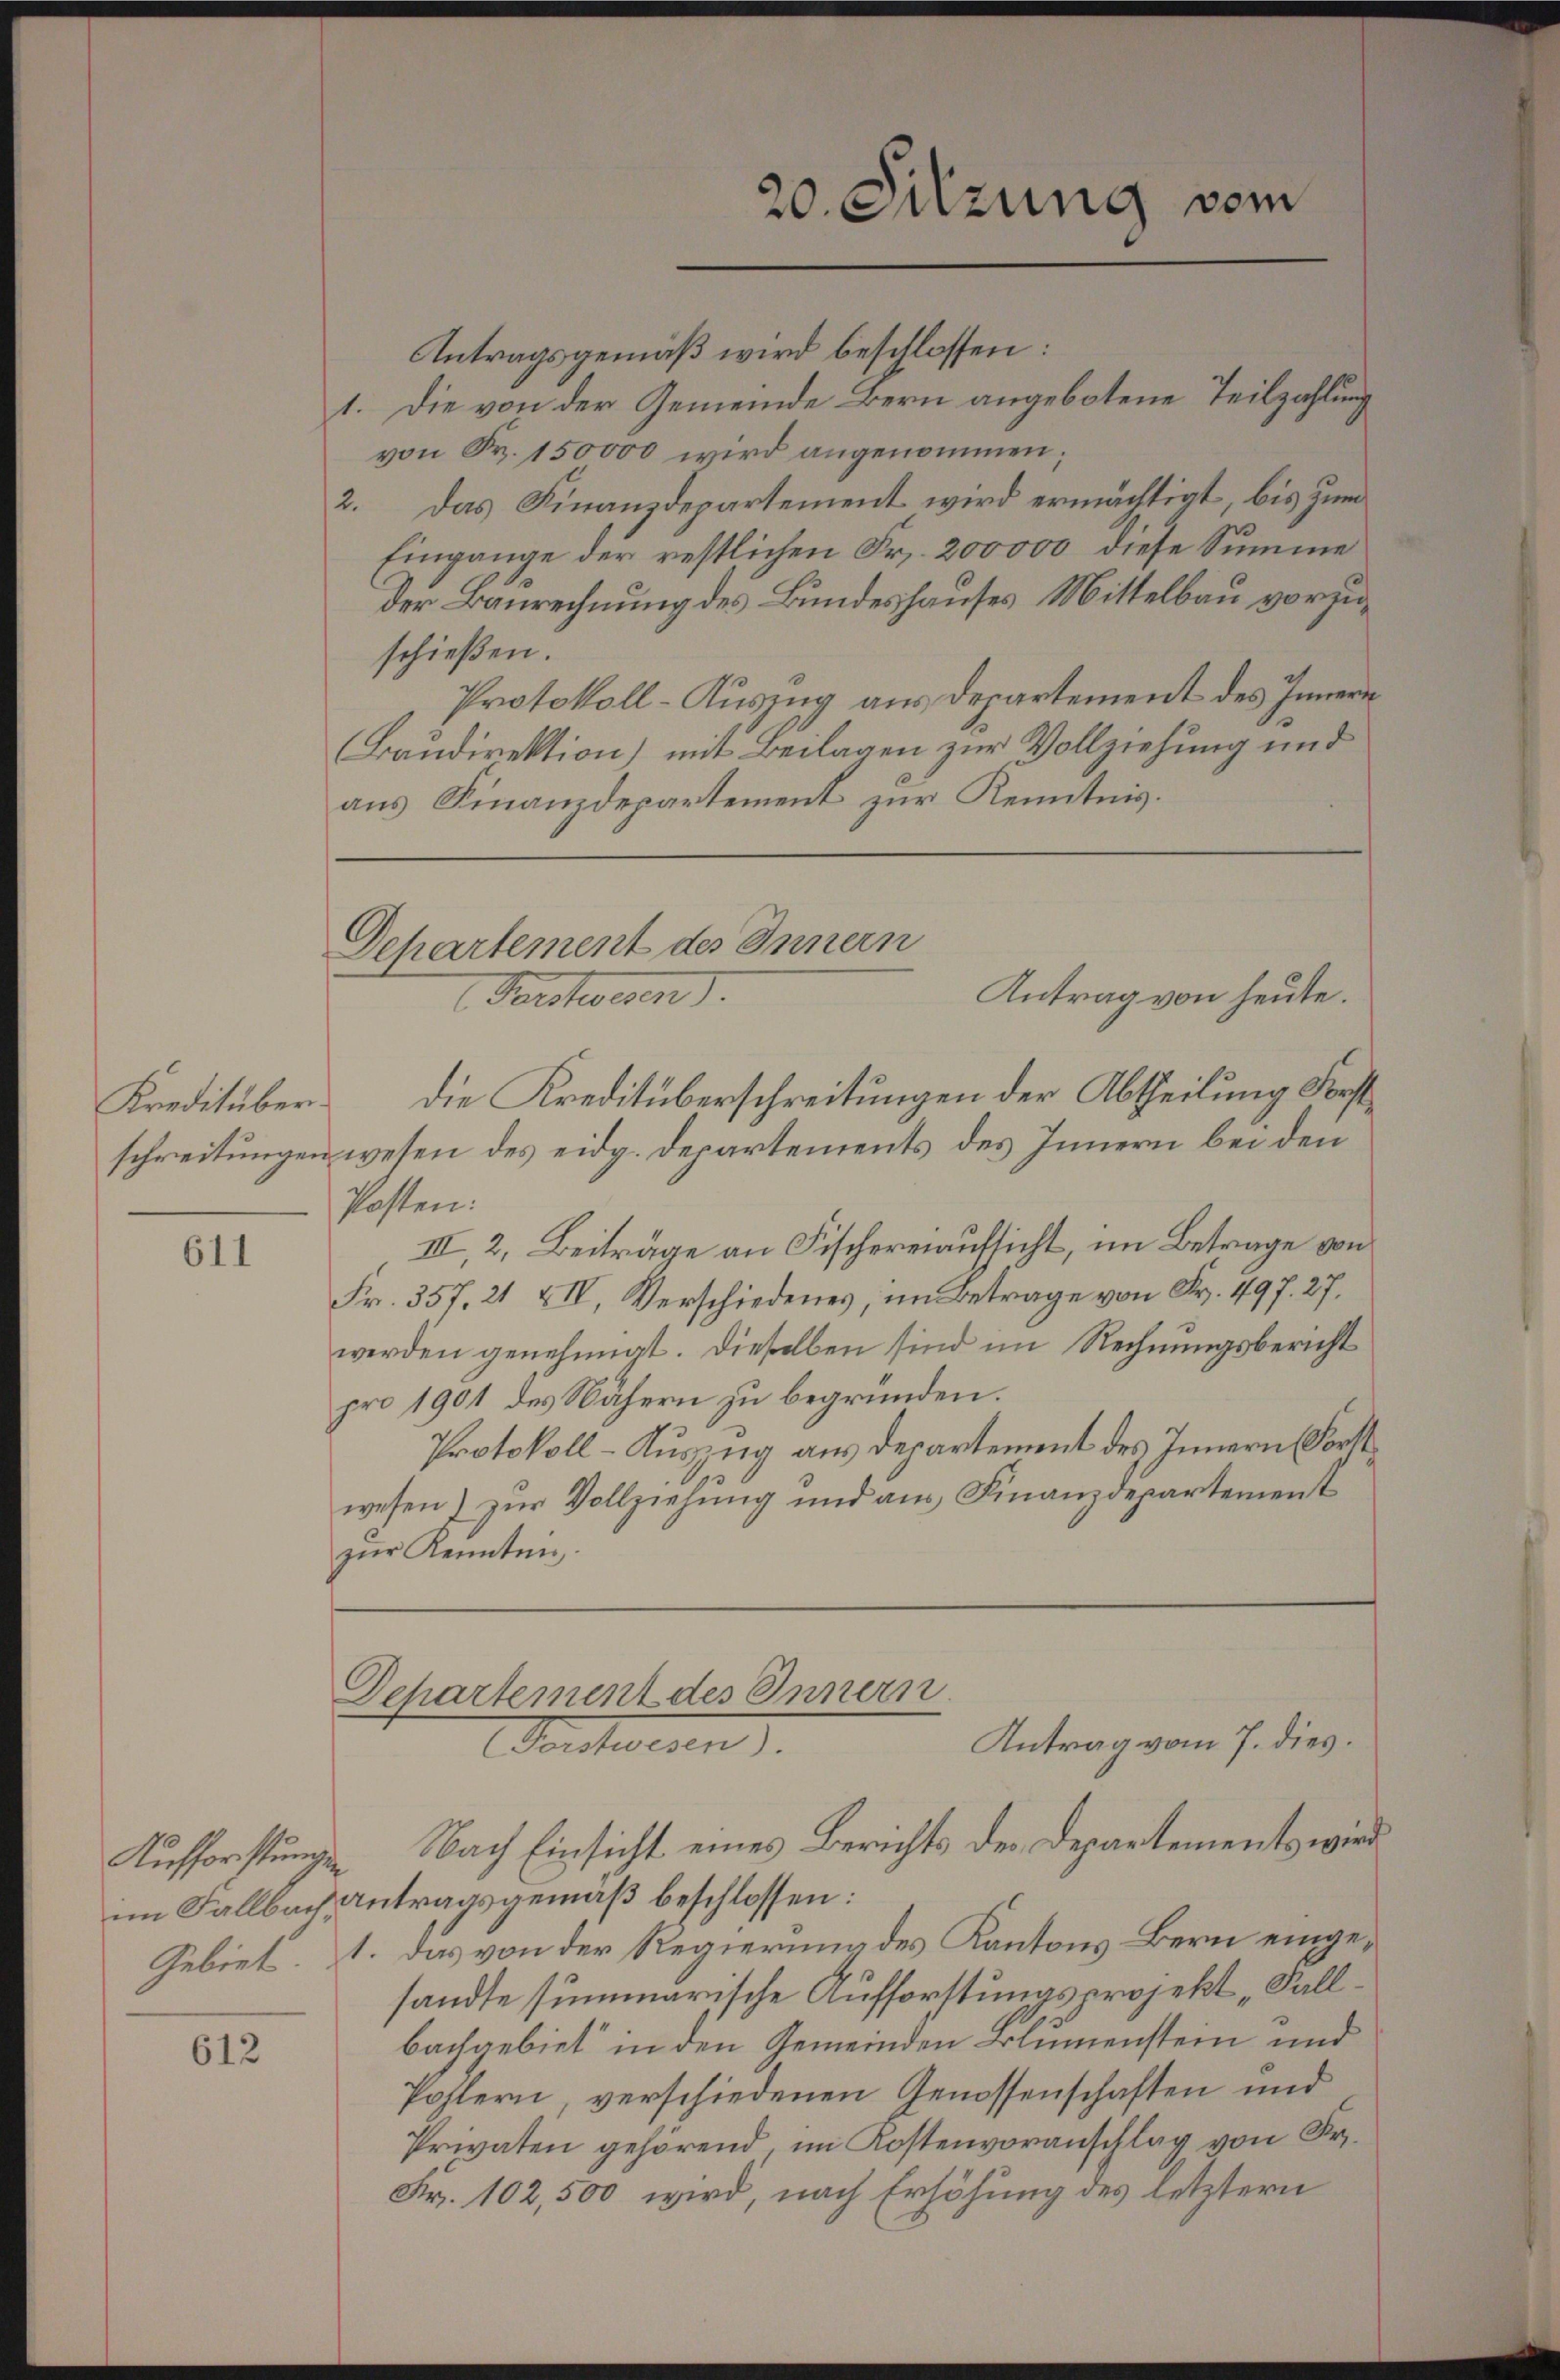
Kreditüber¬

611

Aufforstungen

612

Antragsgemäß wird beschlossen:
1. Die von der Gemeinde Bern angebotene Teilzahlung
von Fr. 150000 wird angenommen;
2. Das Finanzdepartement wird ermächtigt, bis zum
Eingange der restlichen Fr. 200000 diese Summe
Der Baurechnung des Bundeshauses Mittelbau vorzuschießen.
Protokoll-Auszug aus Departement des Innern
Baudirektion) mit Beilagen zur Vollziehung und
aus Finanzdepartement zur Kenntnis.

Departement des Innern
Antrag von heute.
Forstwesen.

20. Sitzung vom

Departement des Innern.
Antrag vom 7. dies
orchwesen.
Nach Einsicht eines Berichts der Departements wird

die Kreditüberschreitungen der Abtheilung Forstschreitungen wesen des eidg. Departements des Innern bei den
Posten:
III, 2, Beiträge an Fischereiaufsicht, im Betrage von
Fr. 357. 21 XIV, Verschiedenes, im Betrage von Fr. 497. 27.
werden genehmigt. Dieselben sind im Rechnungsbericht
pro 1901 des Nähern zu begründen.
Protokoll-Auszug aus Departement des Innern Forstwesen) zur Vollziehung und aus Finanzdepartement
zŭr Kenntnis

im Fallbach Antragsgemäß beschlossen:
Gebiet. 1. Das von der Regierung des Kantons Bern eingesandte summarische Aufforstungsprojekt „Fallbachgebiet in den Gemeinden Blumenstein und
Pohlern verschiedenen Genossenschaften und
Privaten gehörend, im Kostenvoranschlag von Fr.
Fr. 102,500 wird, nach Erhöhung des letztern